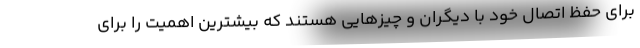
برای حفظ اتصال خود با دیگران و چیزهایی هستند که بیشترین اهمیت را برای